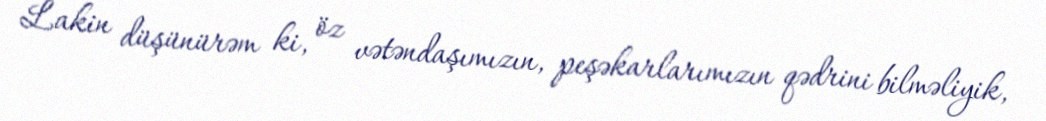
Lakin düşünürəm ki, öz vətəndaşımızın, peşəkarlarımızın qədrini bilməliyik,